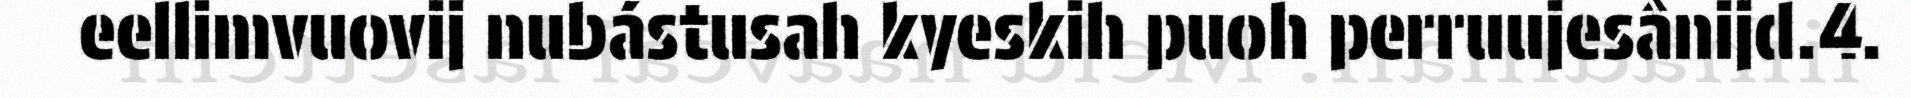
eellimvuovij nubástusah kyeskih puoh perruujesânijd.4.